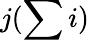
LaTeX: j(\sum i)